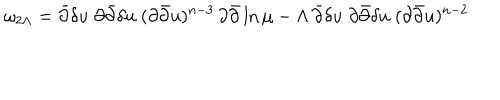
\omega _ { 2 \Lambda } = \bar { \partial } \delta u \; \partial \bar { \partial } \delta u \; ( \partial \bar { \partial } u ) ^ { n - 3 } \, \partial \bar { \partial } \ln \mu - \Lambda \, \bar { \partial } \delta u \; \partial \bar { \partial } \delta u \; ( \partial \bar { \partial } u ) ^ { n - 2 }